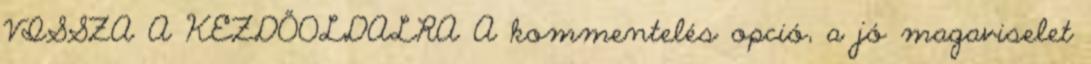
VISSZA A KEZDŐOLDALRA A kommentelés opció, a jó magaviselet